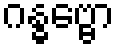
ဂန္ဓဗ္ဗော